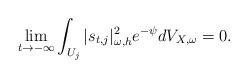
LaTeX: \begin{align*} \lim\limits_{t \rightarrow -\infty} \int_{U_j}|s_{t,j}|_{\omega, h}^2 e^{-\psi} dV_{X,\omega}=0 . \end{align*}